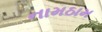
નામઠામ